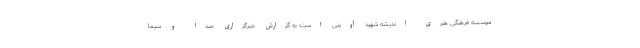
موسسه فرهنگی هنری اندیشه شهید آوینی است؛ به گزارش خبرگزاری صدا و سیما